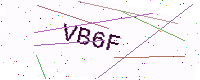
Text: VB6F